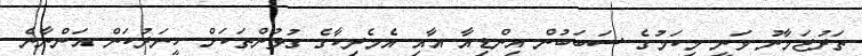
ތަރުޖަމާނު ވަނީ މިކަމުގެ ސަބަބުން އިންޑިއާ އާއި އެމެރިކާގެ ގުޅުންތަކަށް ހީނަރުކަން އަންނާނެ